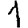
Digit: 1